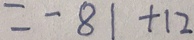
= - 8 1 + 1 2